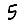
Digit: 5